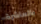
بالعاشرة